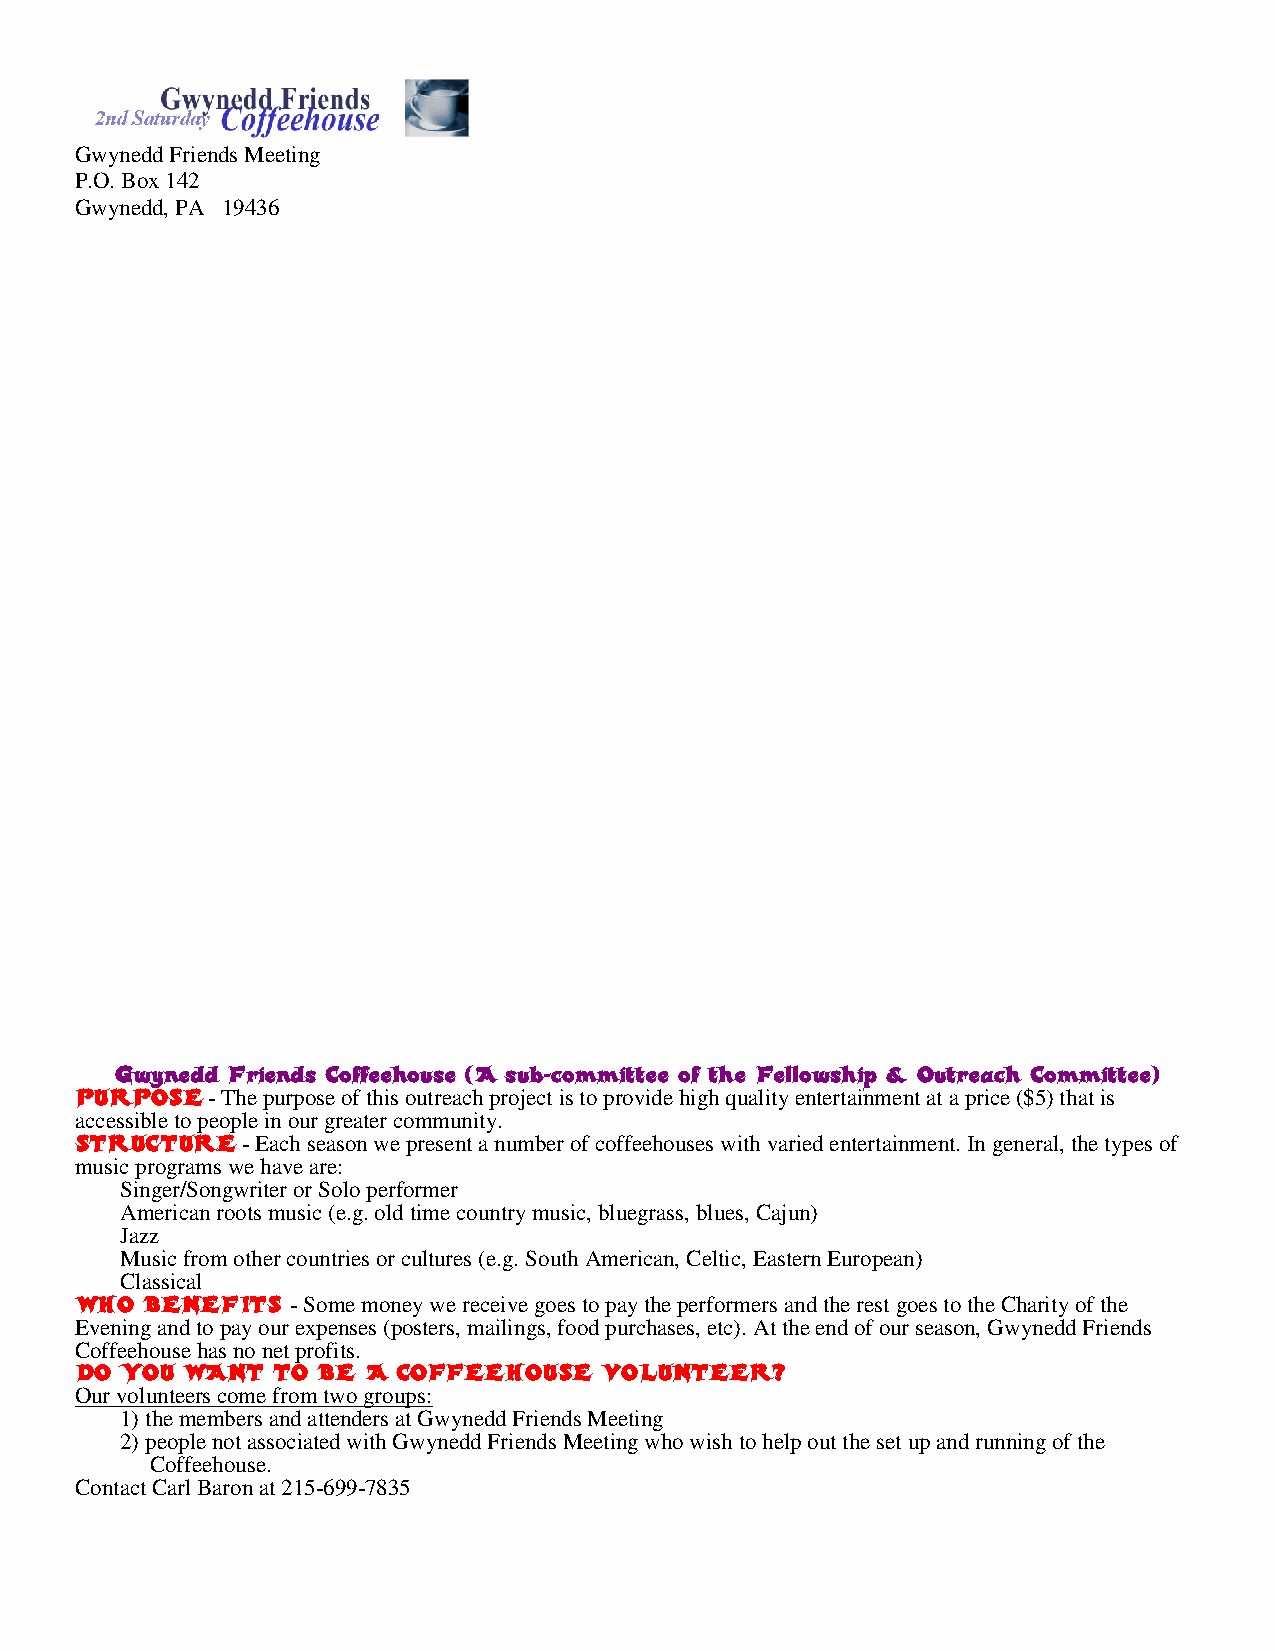
Gwynedd Friends Meeting
 P.O. Box 142
 Gwynedd, PA 19436
 Gwynedd Friends Coffeehouse (A sub-committee of the Fellowship & Outreach Committee)
 PURPOSE  - The purpose of this outreach project is to provide high quality entertainment at a price ($5) that is
 accessible to people in our greater community.
 STRUCTURE  - Each season we present a number of coffeehouses with varied entertainment. In general, the types of
 music programs we have are:
 Singer/Songwriter or Solo performer
 American roots music (e.g. old time country music, bluegrass, blues, Cajun)
 Jazz
 Music from other countries or cultures (e.g. South American, Celtic, Eastern European)
 Classical
 WHO  BENEFITS - Some money we receive goes to pay the performers and the rest goes to the Charity of the
 Evening and to pay our expenses (posters, mailings, food purchases, etc). At the end of our season, Gwynedd Friends
 Coffeehouse has no net profits.
 DO YOU WANT  TO BE A COFFEEHOUSE   VOLUNTEER?
 Our volunteers come from two groups:
 1) the members and attenders at Gwynedd Friends Meeting
 2) people not associated with Gwynedd Friends Meeting who wish to help out the set up and running of the
 Coffeehouse.
 Contact Carl Baron at 215-699-7835